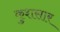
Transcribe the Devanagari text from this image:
कुशसार